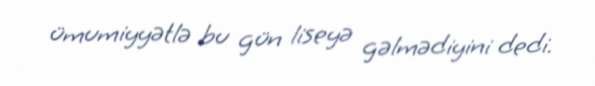
ümumiyyətlə bu gün liseyə gəlmədiyini dedi.